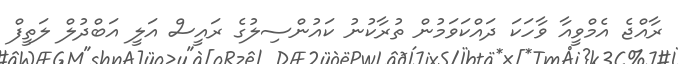
ރާއްޖެ އެމްވީއާ ވާހަކަ ދައްކަވަމުން ތުރާކުނު ކައުންސިލުގެ ރައީސް އަލީ އަބްދުލް ލަތީފް